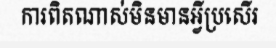
ការពិតណាស់មិនមានអ្វីប្រសើរ